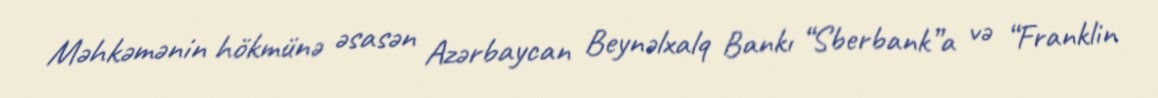
Məhkəmənin hökmünə əsasən Azərbaycan Beynəlxalq Bankı “Sberbank”a və “Franklin